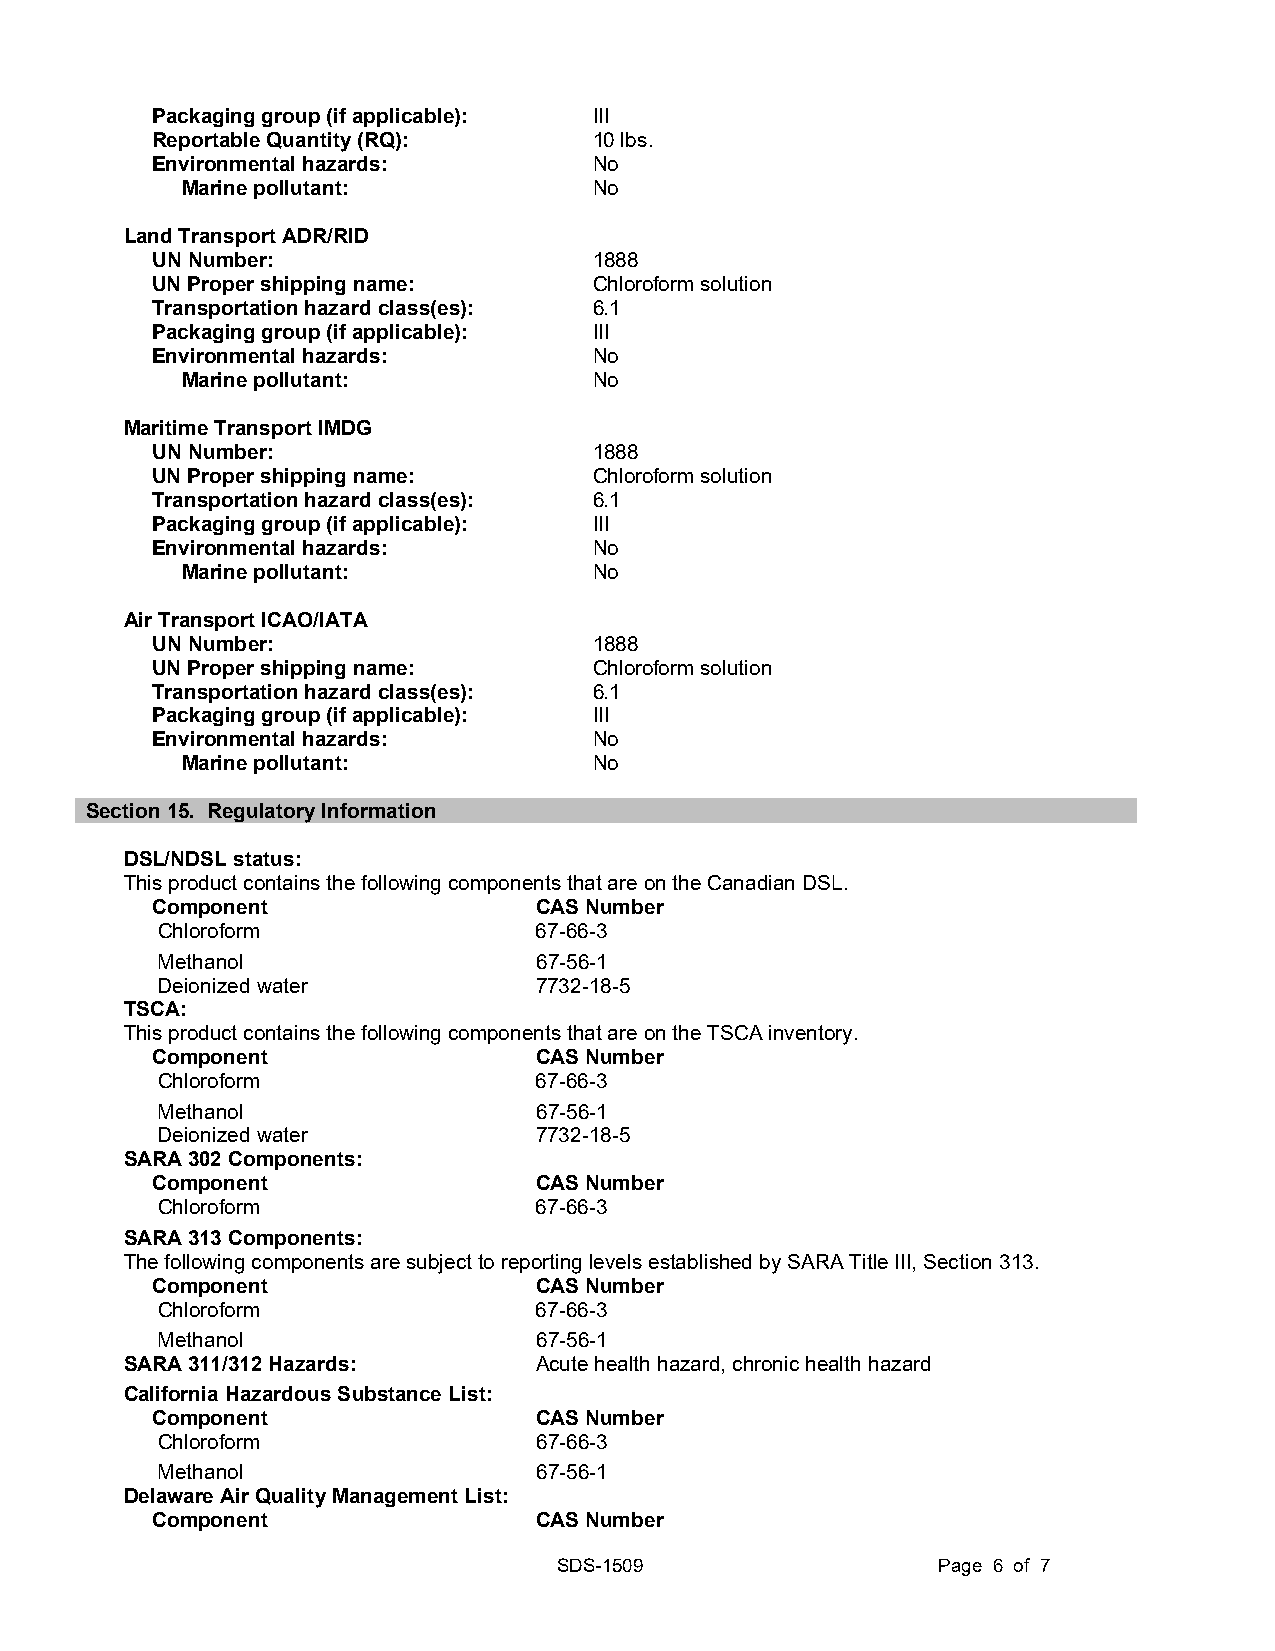
Packaging group (if applicable): III
 Reportable Quantity (RQ):    10 lbs.
 Environmental hazards:       No
 Marine pollutant:          No
 Land Transport ADR/RID
 UN Number:                   1888
 UN Proper shipping name:     Chloroform solution
 Transportation hazard class(es): 6.1
 Packaging group (if applicable): III
 Environmental hazards:       No
 Marine pollutant:          No
 Maritime Transport IMDG
 UN Number:                   1888
 UN Proper shipping name:     Chloroform solution
 Transportation hazard class(es): 6.1
 Packaging group (if applicable): III
 Environmental hazards:       No
 Marine pollutant:          No
 Air Transport ICAO/IATA
 UN Number:                   1888
 UN Proper shipping name:     Chloroform solution
 Transportation hazard class(es): 6.1
 Packaging group (if applicable): III
 Environmental hazards:       No
 Marine pollutant:          No
 Section 15. Regulatory Information
 DSL/NDSL status:
 This product contains the following components that are on the Canadian DSL.
 Component                 CAS Number
 Chloroform               67-66-3
 Methanol                 67-56-1
 Deionized water          7732-18-5
 TSCA:
 This product contains the following components that are on the TSCA inventory.
 Component                 CAS Number
 Chloroform               67-66-3
 Methanol                 67-56-1
 Deionized water          7732-18-5
 SARA 302 Components:
 Component                 CAS Number
 Chloroform               67-66-3
 SARA 313 Components:
 The following components are subject to reporting levels established by SARA Title III, Section 313.
 Component                 CAS Number
 Chloroform               67-66-3
 Methanol                 67-56-1
 SARA 311/312 Hazards:       Acute health hazard, chronic health hazard
 California Hazardous Substance List:
 Component                 CAS Number
 Chloroform                67-66-3
 Methanol                 67-56-1
 Delaware Air Quality Management List:
 Component                 CAS Number
 SDS-1509                 Page 6 of 7